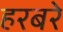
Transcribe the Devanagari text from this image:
हरबरे